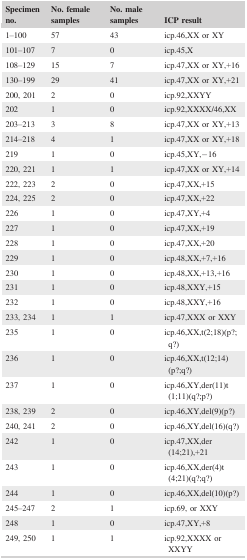
| Specimen no. | No. female samples | No. male samples | ICP result |
 | --- | --- | --- | --- |
 | 1–100 | 57 | 43 | icp.46,XX or XY |
 | 101–107 | 7 | 0 | icp.45,X |
 | 108–129 | 15 | 7 | icp.47,XX or XY,+16 |
 | 130–199 | 29 | 41 | icp.47,XX or XY,+21 |
 | 200, 201 | 2 | 0 | icp.92,XXYY |
 | 202 | 1 | 0 | icp.92,XXXX/46,XX |
 | 203–213 | 3 | 8 | icp.47,XX or XY,+13 |
 | 214–218 | 4 | 1 | icp.47,XX or XY,+18 |
 | 219 | 1 | 0 | icp.45,XY,−16 |
 | 220, 221 | 1 | 1 | icp.47,XX or XY,+14 |
 | 222, 223 | 2 | 0 | icp.47,XX,+15 |
 | 224, 225 | 2 | 0 | icp.47,XX,+22 |
 | 226 | 1 | 0 | icp.47,XY,+4 |
 | 227 | 1 | 0 | icp.47,XX,+19 |
 | 228 | 1 | 0 | icp.47,XX,+20 |
 | 229 | 1 | 0 | icp.48,XX,+7,+16 |
 | 230 | 1 | 0 | icp.48,XX,+13,+16 |
 | 231 | 1 | 0 | icp.48,XXY,+15 |
 | 232 | 1 | 0 | icp.48,XXY,+16 |
 | 233, 234 | 1 | 1 | icp.47,XXX or XXY |
 | 235 | 1 | 0 | icp.46,XX,t(2;18)(p?;q?) |
 | 236 | 1 | 0 | icp.46,XX,t(12;14)(p?;q?) |
 | 237 | 1 | 0 | icp.46,XY,der(11)t(1;11)(q?;p?) |
 | 238, 239 | 2 | 0 | icp.46,XY,del(9)(p?) |
 | 240, 241 | 2 | 0 | icp.46,XY,del(16)(q?) |
 | 242 | 1 | 0 | icp.47,XX,der(14;21),+21 |
 | 243 | 1 | 0 | icp.46,XX,der(4)t(4;21)(q?;q?) |
 | 244 | 1 | 0 | icp.46,XX,del(10)(p?) |
 | 245–247 | 2 | 1 | icp.69, or XXY |
 | 248 | 1 | 0 | icp.47,XY,+8 |
 | 249, 250 | 1 | 1 | icp.92,XXXX or XXYY |